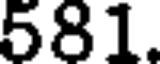
581.